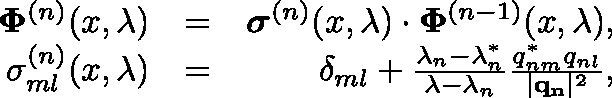
\begin{array} { r l r } { \mathbf { \Phi } ^ { ( n ) } ( x , \lambda ) } & { = } & { \boldsymbol { \sigma } ^ { ( n ) } ( x , \lambda ) \cdot \mathbf { \Phi } ^ { ( n - 1 ) } ( x , \lambda ) , } \\ { \sigma _ { m l } ^ { ( n ) } ( x , \lambda ) } & { = } & { \delta _ { m l } + \frac { \lambda _ { n } - \lambda _ { n } ^ { * } } { \lambda - \lambda _ { n } } \frac { q _ { n m } ^ { * } q _ { n l } } { | \mathbf { q _ { n } } | ^ { 2 } } , } \end{array}